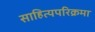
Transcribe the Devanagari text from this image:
साहित्यपरिक्रमा